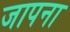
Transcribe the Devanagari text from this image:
जापना